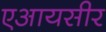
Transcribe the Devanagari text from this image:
एआयसीर